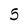
Character: 5